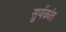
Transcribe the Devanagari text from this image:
सुर्यकांत